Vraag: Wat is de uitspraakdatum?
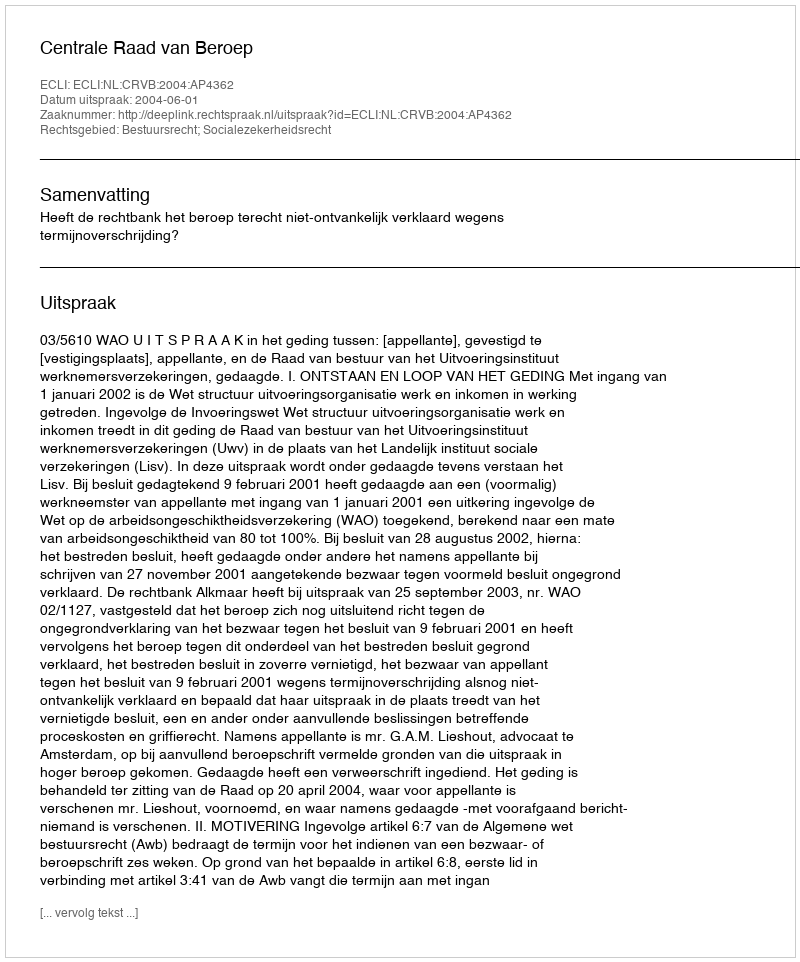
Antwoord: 2004-06-01